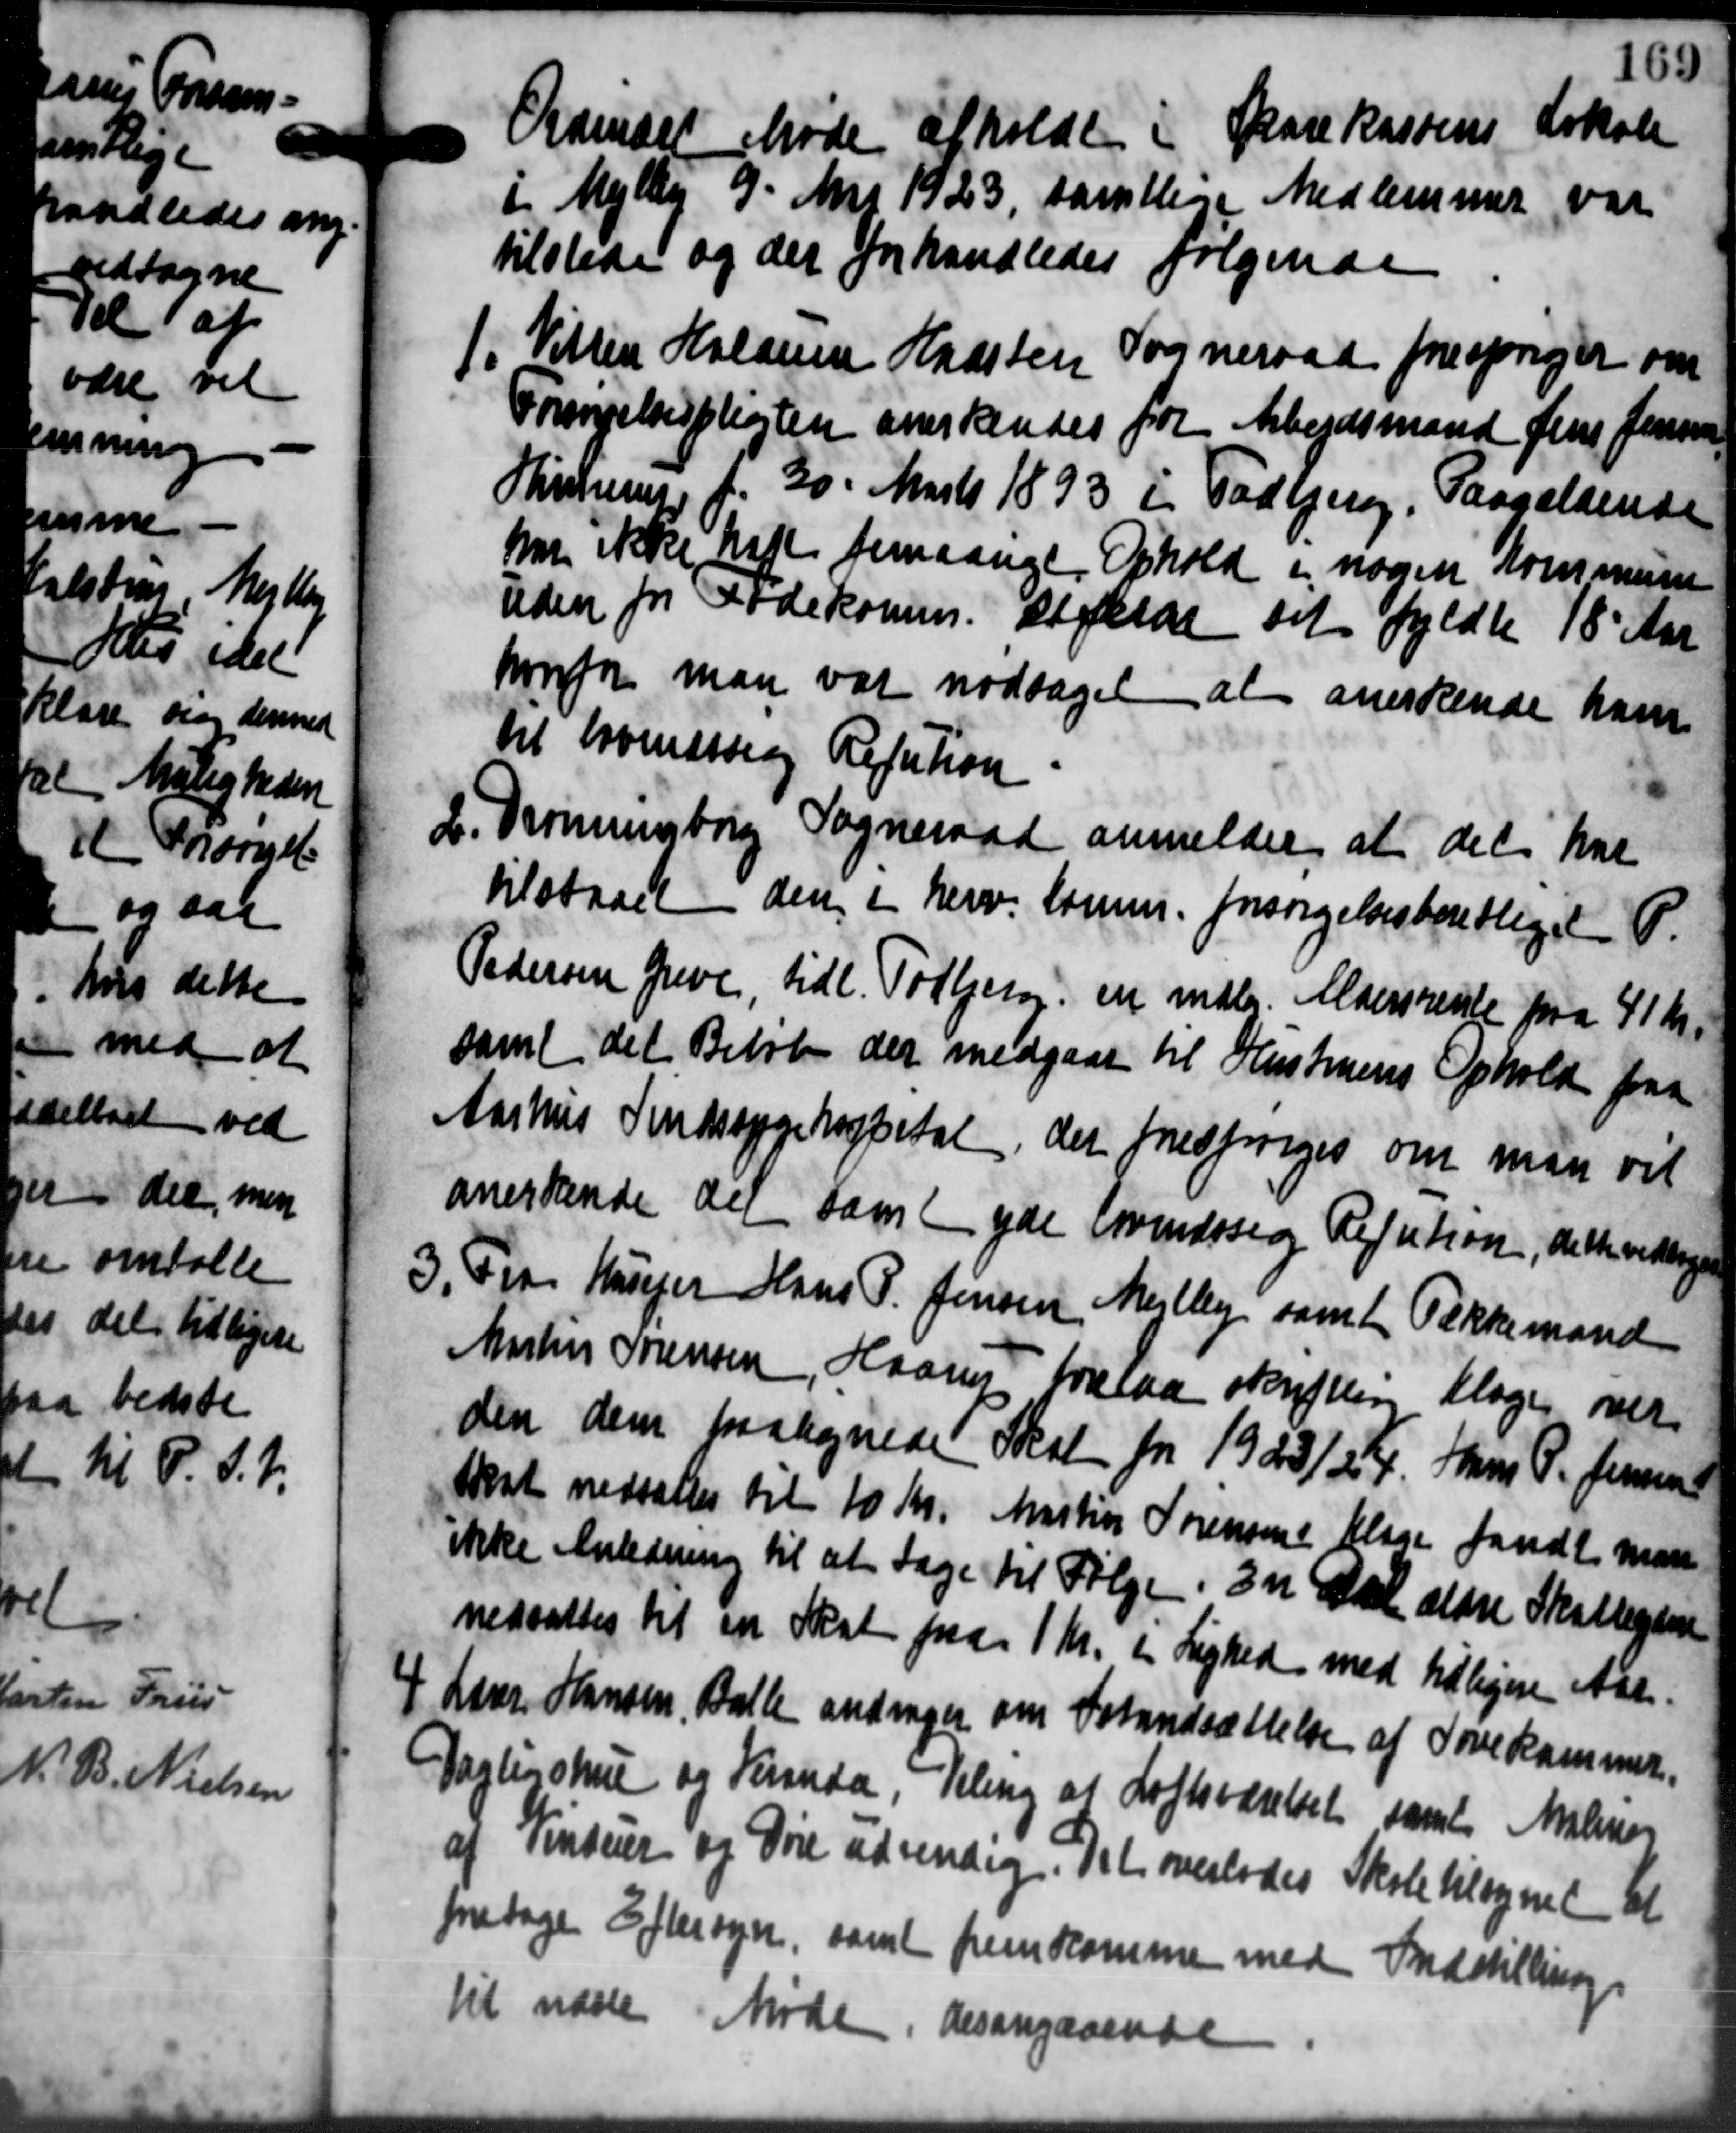
Transskription:
A

Ordinært Møde afholdt i Sparekassens Lokale
i Mejlby 9. Mai 1923, samtlige Medlemmer var
tilstede og der forhandledes følgende

Vitten Holmen Haasten Sogneraad forespørger om
Forsørgelsespligten anerkendes for Arbejdsmand Jens Jensen
Skullerup f. 30. Marts 1893 i Todbjerg, Paagældende
har ikke haft femaarige Ophold i nogen Kommune
uden for Fødekomm. stikler det fyldte 18 Aar
honfor man var modtaget at anerkende ham
til lovenstlig Refution
L. Dronningborg Sogneraad anmelder at det har
L. Dronningborg Sogneraad anmelder at det har
tilstaaet den i herv. Somme forsørgelsesberettiget P.
Pedersen Greve tidl. Todbjerg. en indler. Aldersrente paa 41 Kr.
samt det Beløb der medgaae til Hustruens Ophold paa
Aarhus Sindssygehospital, der forespørges om man vil
anerkende der samt yde Svendssig Refution, dette vedtoges
3. Fra Husejer Hans P. Jensen Mejlby samt Tækkemand
3. Fra Husejer Hans P. Jensen Mejlby samt Tækkemand
Martin Sørensen, Haarup forelaa skriften klager over
den dem paategnede Skat for 1923/24. Hans P. Jensens
skat nedsættes til 10 Kr. Martin Sørensens Klage fandt man
ikke Anledning til at tage til Følge. En Aar ældre Skatteydere
nedsattes til en Skat fra 1 Kr. i Lighed med tidligere Aar

Lærer Hansen, Balle andrager om Istandsættelse af Tovekammer.
Dagligshus og Fermuda, illing at Loftsværelset samt Malme
af Pentuer og Døre udvendig. Det overlodes Skole tilsynet til
foretage Eftersyn samt fremkomme med Indstilling.
1
næste Møde, desangaaende